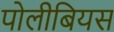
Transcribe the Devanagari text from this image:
पोलीबियस